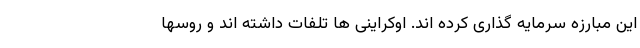
این مبارزه سرمایه گذاری کرده اند. اوکراینی ها تلفات داشته اند و روسها